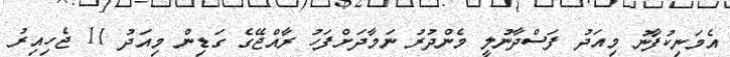
އެމަނިކުފާނު މިއަދު ފަސްދާނުލީ މެންދުރު ނަމާދަށްފަހު ރާއްޖޭގެ ގަޑިން މިއަދު 11 ޖެހިއިރު